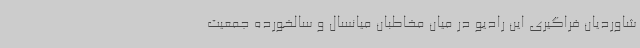
شاوردیان فراگیری این رادیو در میان مخاطبان میانسال و سالخورده جمعیت